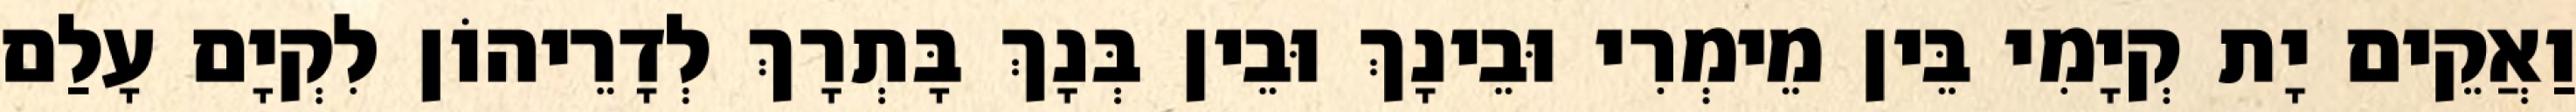
וַאֲקֵים יָת קְיָמִי בֵּין מֵימְרִי וּבֵינָךְ וּבֵין בְּנָךְ בָּתְרָךְ לְדָרֵיהוֹן לִקְיָם עָלַם